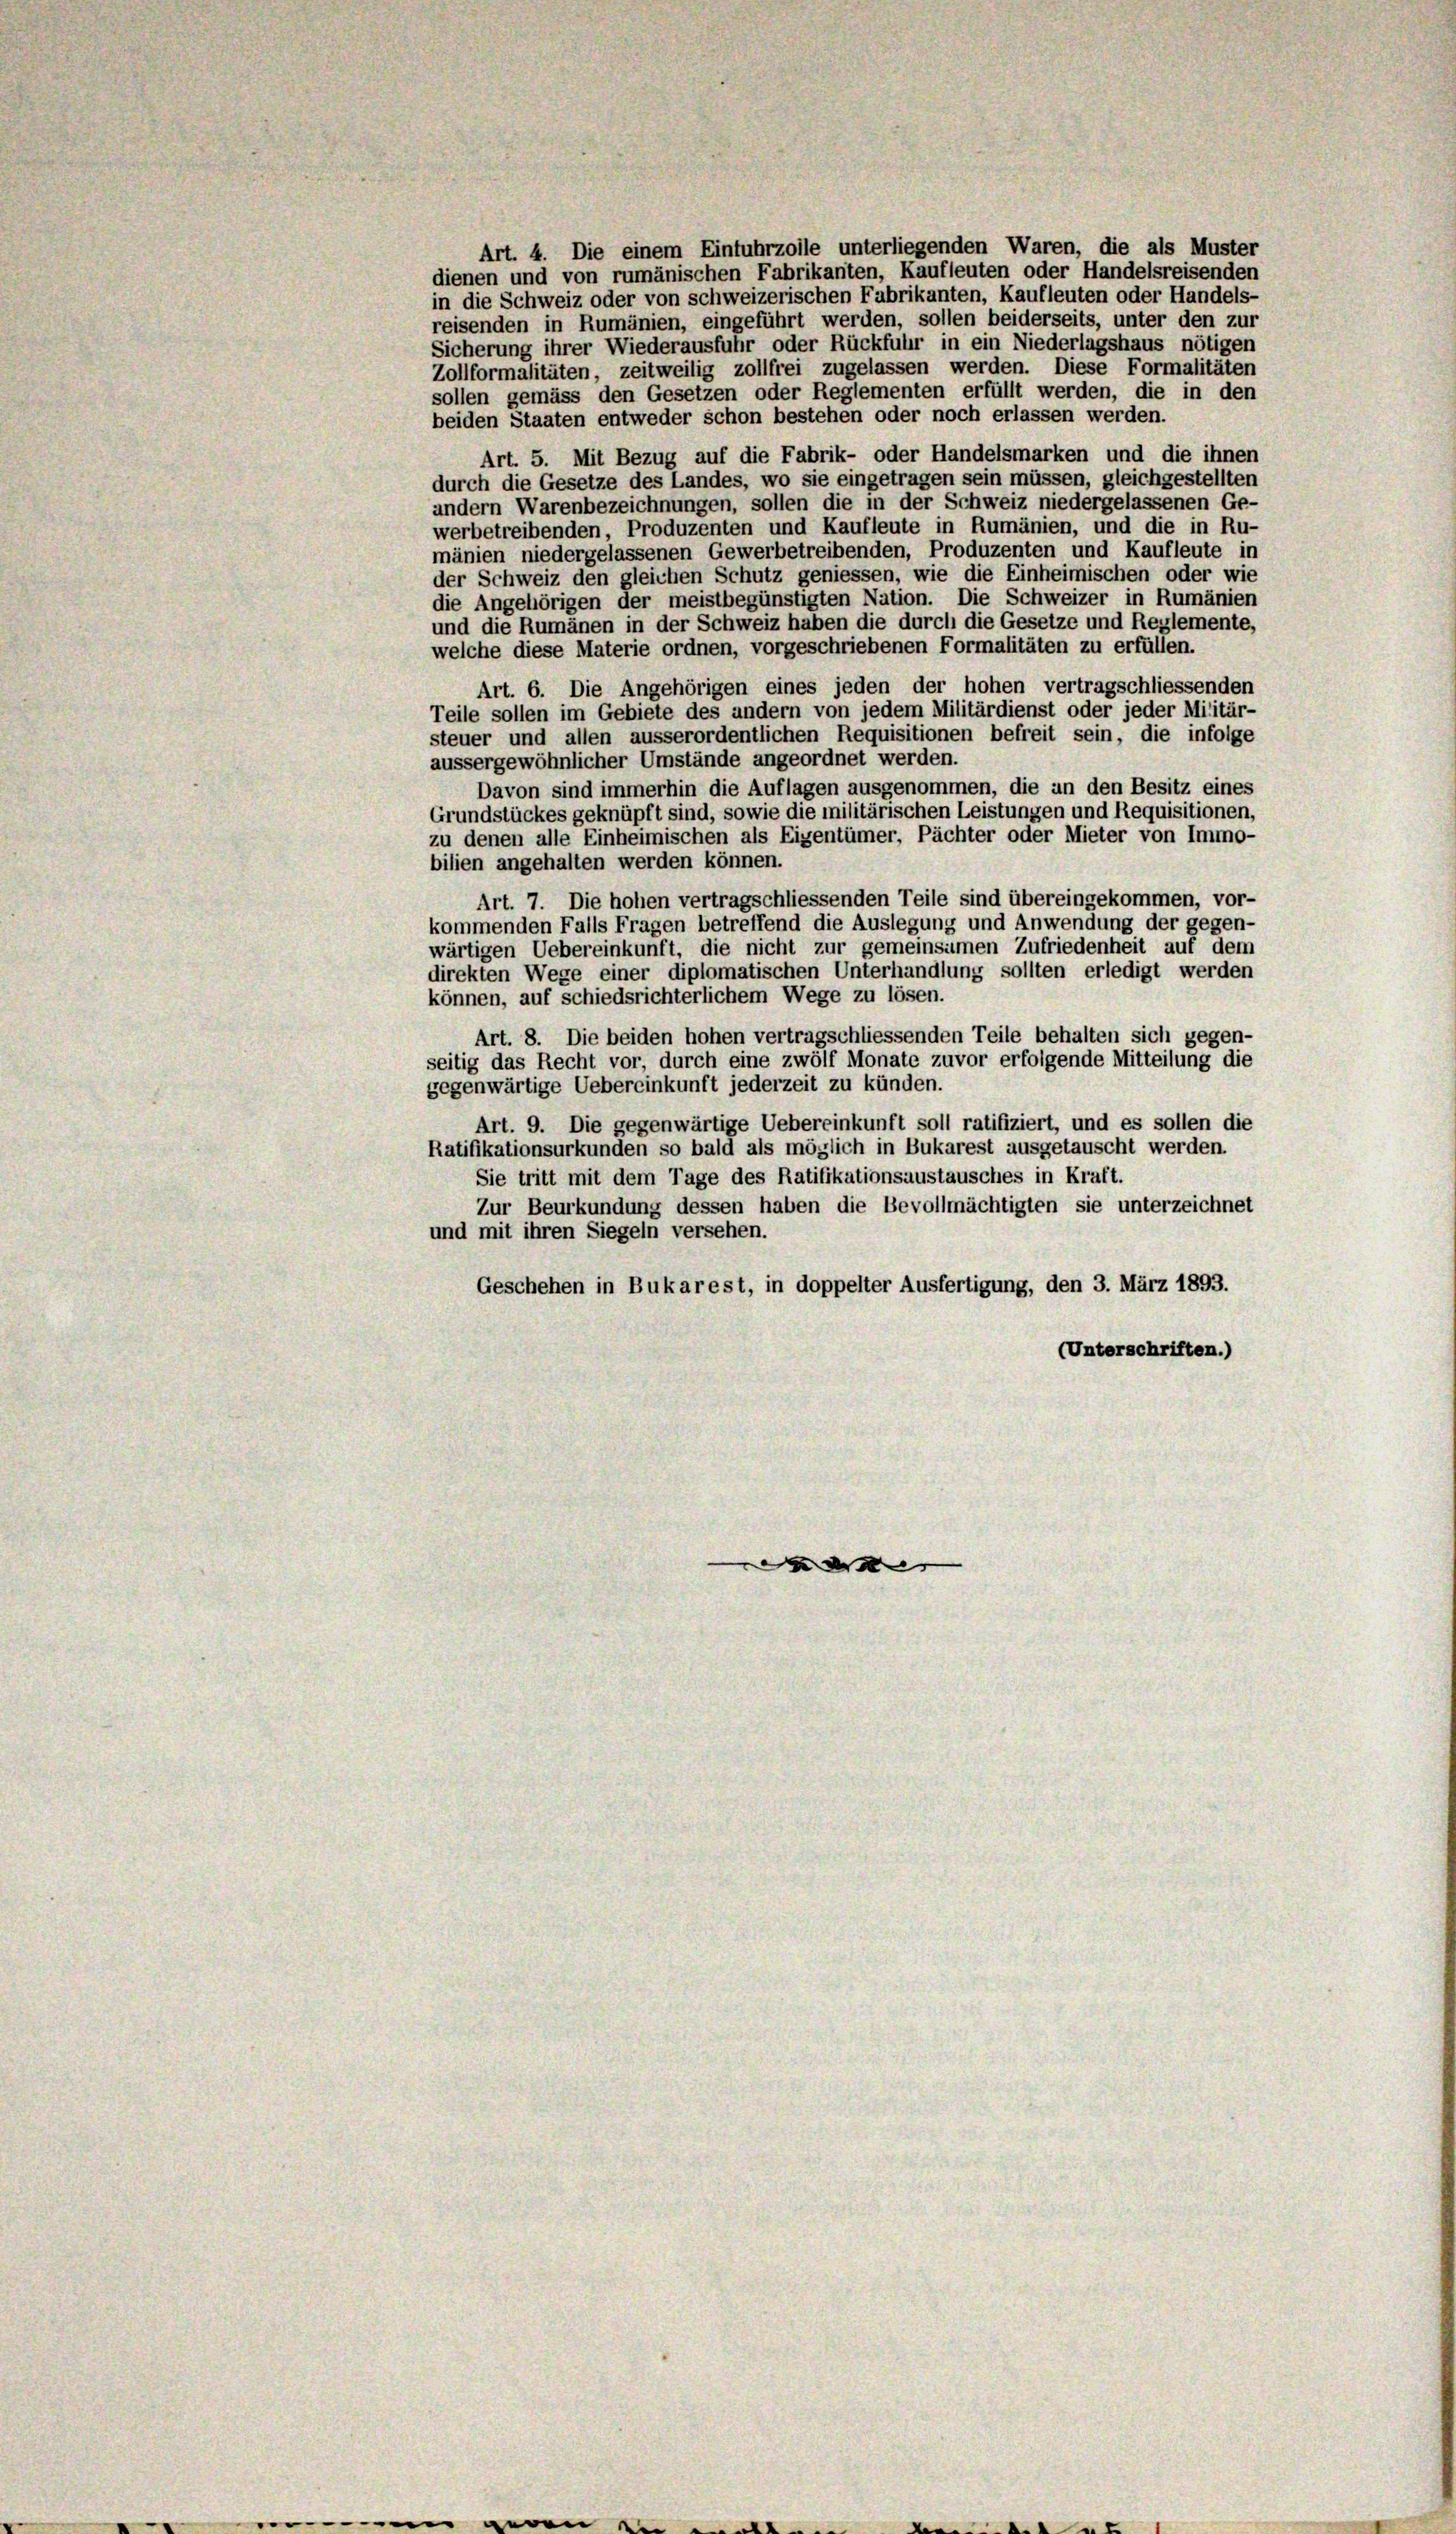
Art. 4. Die einem Einfuhrzolle unterliegenden Waren, die als Muster
dienen und von rumänischen Fabrikanten, Kaufleuten oder Handelsreisenden
in die Schweiz oder von schweizerischen Fabrikanten, Kaufleuten oder Handels-
reisenden in Rumänien, eingeführt werden, sollen beiderseits, unter den zur
Sicherung ihrer Wiederausfuhr oder Rückfuhr in ein Niederlagshaus nötigen
Zollformalitäten, zeitweilig zollfrei zugelassen werden. Diese Formalitäten
sollen gemäss den Gesetzen oder Reglementen erfüllt werden, die in den
beiden Staaten entweder schon bestehen oder noch erlassen werden.
Art. 5. Mit Bezug auf die Fabrik- oder Handelsmarken und die ihnen
durch die Gesetze des Landes, wo sie eingetragen sein müssen, gleichgestellten
andern Warenbezeichnungen, sollen die in der Schweiz niedergelassenen Ge-
werbetreibenden, Produzenten und Kaufleute in Rumänien, und die in Ru-
mänien niedergelassenen Gewerbetreibenden, Produzenten und Kaufleute in
der Schweiz den gleichen Schutz geniessen, wie die Einheimischen oder wie
die Angehörigen der meistbegünstigten Nation. Die Schweizer in Rumänien
und die Rumänen in der Schweiz haben die durch die Gesetze und Reglemente,
welche diese Materie ordnen, vorgeschriebenen Formalitäten zu erfüllen.
Art. 6. Die Angehörigen eines jeden der hohen vertragschliessenden
Teile sollen im Gebiete des andern von jedem Militärdienst oder jeder Militär-
steuer und allen ausserordentlichen Requisitionen befreit sein, die infolge
aussergewöhnlicher Umstände angeordnet werden.
Davon sind immerhin die Auflagen ausgenommen, die an den Besitz eines
Grundstückes geknüpft sind, sowie die militärischen Leistungen und Requisitionen,
zu denen alle Einheimischen als Eigentümer, Pächter oder Mieter von Immo-
bilien angehalten werden können.
Art. 7. Die hohen vertragschliessenden Teile sind übereingekommen, vor-
kommenden Falls Fragen betreffend die Auslegung und Anwendung der gegen-
wärtigen Uebereinkunft, die nicht zur gemeinsamen Zufriedenheit auf dem
direkten Wege einer diplomatischen Unterhandlung sollten erledigt werden
können, auf schiedsrichterlichem Wege zu lösen.
Art. 8. Die beiden hohen vertragschliessenden Teile behalten sich gegen-
seitig das Recht vor, durch eine zwölf Monate zuvor erfolgende Mitteilung die
gegenwärtige Uebereinkunft jederzeit zu künden.
Art. 9. Die gegenwärtige Uebereinkunft soll ratifiziert, und es sollen die
Ratifikationsurkunden so bald als möglich in Bukarest ausgetauscht werden.
Sie tritt mit dem Tage des Ratifikationsaustausches in Kraft.
Zur Beurkundung dessen haben die Bevollmächtigten sie unterzeichnet
und mit ihren Siegeln versehen.
Geschehen in Bukarest, in doppelter Ausfertigung, den 3. März 1893.
(Unterschriften.)

F